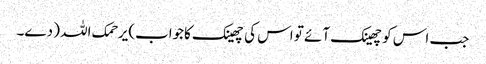
جب اس کوچھینک آئے تو اس کی چھینک کاجواب)یرحمک اللہ ( دے۔